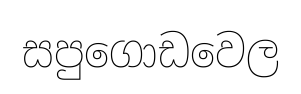
සපුගොඩවෙල